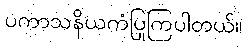
ပကာသနိယကံပြုကြပါတယ်။